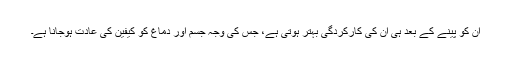
ان کو پینے کے بعد ہی ان کی کارکردگی بہتر ہوتی ہے، جس کی وجہ جسم اور دماغ کو کیفین کی عادت ہوجانا ہے۔